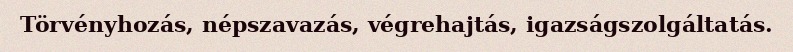
Törvényhozás, népszavazás, végrehajtás, igazságszolgáltatás.